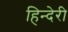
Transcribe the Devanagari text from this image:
हिन्देरी